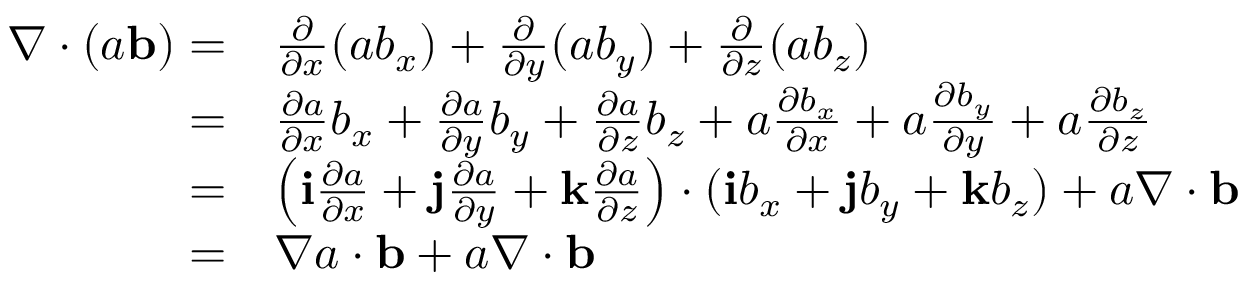
\begin{array} { r l } { \nabla \cdot ( a { \mathbf b } ) = } & { \frac { \partial } { \partial x } ( a b _ { x } ) + \frac { \partial } { \partial y } ( a b _ { y } ) + \frac { \partial } { \partial z } ( a b _ { z } ) } \\ { = } & { \frac { \partial a } { \partial x } b _ { x } + \frac { \partial a } { \partial y } b _ { y } + \frac { \partial a } { \partial z } b _ { z } + a \frac { \partial b _ { x } } { \partial x } + a \frac { \partial b _ { y } } { \partial y } + a \frac { \partial b _ { z } } { \partial z } } \\ { = } & { \left( \mathbf { i } \frac { \partial a } { \partial x } + \mathbf { j } \frac { \partial a } { \partial y } + \mathbf { k } \frac { \partial a } { \partial z } \right) \cdot ( \mathbf { i } b _ { x } + \mathbf { j } b _ { y } + \mathbf { k } b _ { z } ) + a \nabla \cdot { \mathbf b } } \\ { = } & { \nabla a \cdot { \mathbf b } + a \nabla \cdot { \mathbf b } } \end{array}